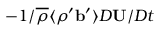
- 1 / \overline { { \rho } } \langle { \rho ^ { \prime } { \bf { b } } ^ { \prime } } \rangle D { \bf { U } } / D t